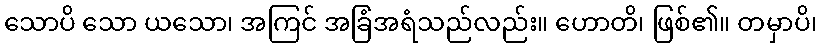
သောပိ သော ယသော၊ အကြင် အခြံအရံသည်လည်း။ ဟောတိ၊ ဖြစ်၏။ တမှာပိ၊